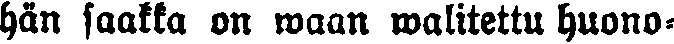
hän saakka on waan walitettu huono-